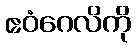
ဧဝံဂေလိကို